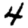
Digit: 4